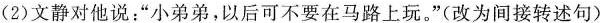
(2)文静对他说：”小弟弟，以后可不要在马路上玩。”(改为间接转述句)